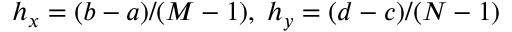
h _ { x } = ( b - a ) / ( M - 1 ) , \; h _ { y } = ( d - c ) / ( N - 1 )